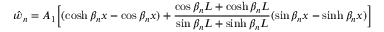
{ \hat { w } } _ { n } = A _ { 1 } { \Bigl [ } ( \cosh \beta _ { n } x - \cos \beta _ { n } x ) + { \frac { \cos \beta _ { n } L + \cosh \beta _ { n } L } { \sin \beta _ { n } L + \sinh \beta _ { n } L } } ( \sin \beta _ { n } x - \sinh \beta _ { n } x ) { \Bigr ] }